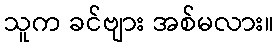
သူက ခင်ဗျား အစ်မလား။